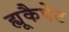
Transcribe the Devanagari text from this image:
ह्यूकैपेट